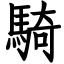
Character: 騎